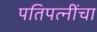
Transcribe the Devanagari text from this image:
पतिपत्‍नींचा